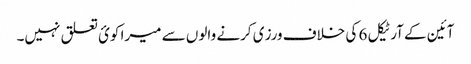
آئین کے آرٹیکل 6 کی خلاف ورزی کرنے والوں سے میرا کوئ تعلق نہیں۔